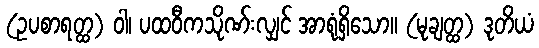
(ဥပစာရတ္ထ) ဝါ၊ ပထဝီကသိုဏ်းလျှင် အာရုံရှိသော။ (မုချတ္ထ) ဒုတိယံ